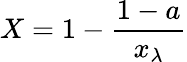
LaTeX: X=1-\frac{1-a}{x_{\lambda}}